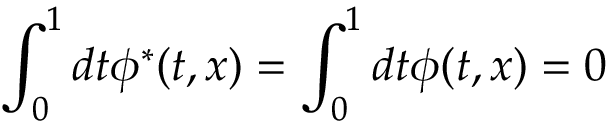
\int _ { 0 } ^ { 1 } d t \phi ^ { * } ( t , x ) = \int _ { 0 } ^ { 1 } d t \phi ( t , x ) = 0